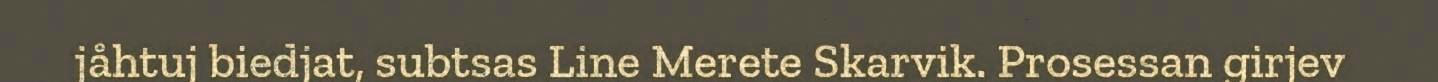
jåhtuj biedjat, subtsas Line Merete Skarvik. Prosessan girjev